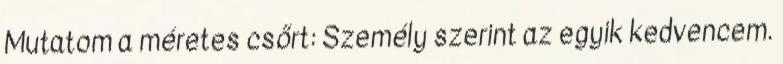
Mutatom a méretes csőrt: Személy szerint az egyik kedvencem.